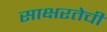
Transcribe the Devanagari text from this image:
साक्षरतेची